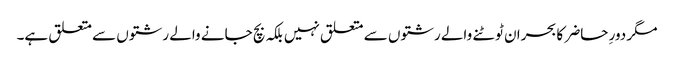
مگر دورِ حاضر کا بحران ٹوٹنے والے رشتوں سے متعلق نہیں بلکہ بچ جانے والے رشتوں سے متعلق ہے۔